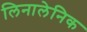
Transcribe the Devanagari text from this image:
लिनालेनिक